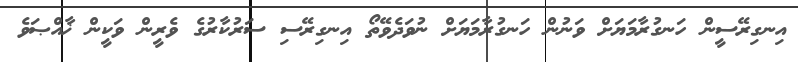
އިނގިރޭސީން ހަނގުރާމަޔަށް ވަނުން ހަނގުރާމަޔަށް ނުވަދެވޭތޯ އިނގިރޭސި ސަރުކާރުގެ ވެރީން ވަކީން ޚާއްޞަވެ